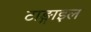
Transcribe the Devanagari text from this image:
टाङ्गाइल